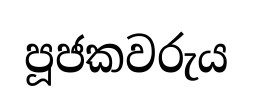
පූජකවරුය